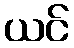
ယင်